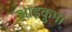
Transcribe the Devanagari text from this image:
आइकुमा